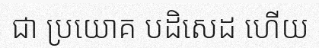
ជា ប្រយោគ បដិសេដ ហើយ